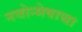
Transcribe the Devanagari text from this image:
नवोन्मेषाचा